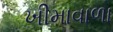
ખીમાવાળા